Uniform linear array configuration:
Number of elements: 12
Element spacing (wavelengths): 1
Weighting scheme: binomial
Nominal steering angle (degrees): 30
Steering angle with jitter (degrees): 30.758
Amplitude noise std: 0.05
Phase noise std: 0.05

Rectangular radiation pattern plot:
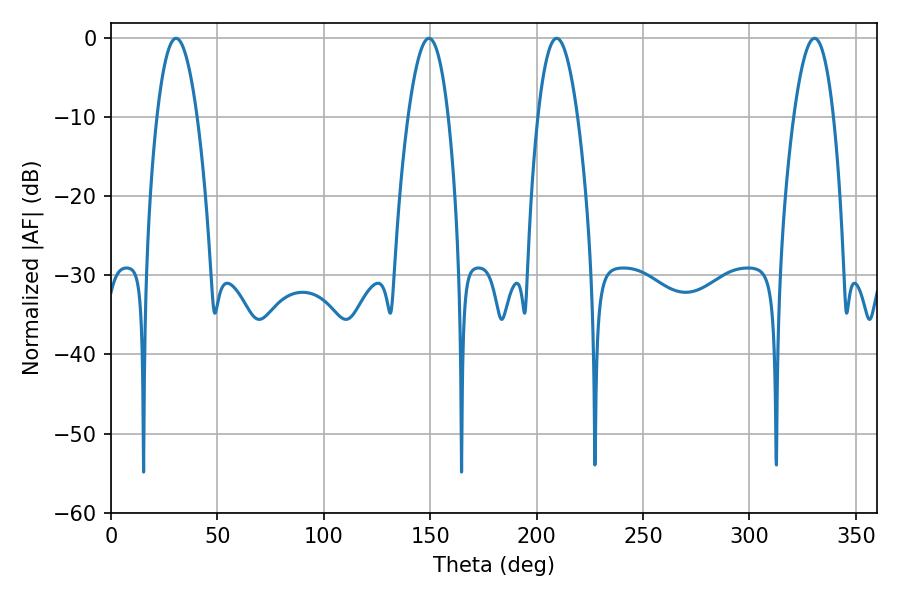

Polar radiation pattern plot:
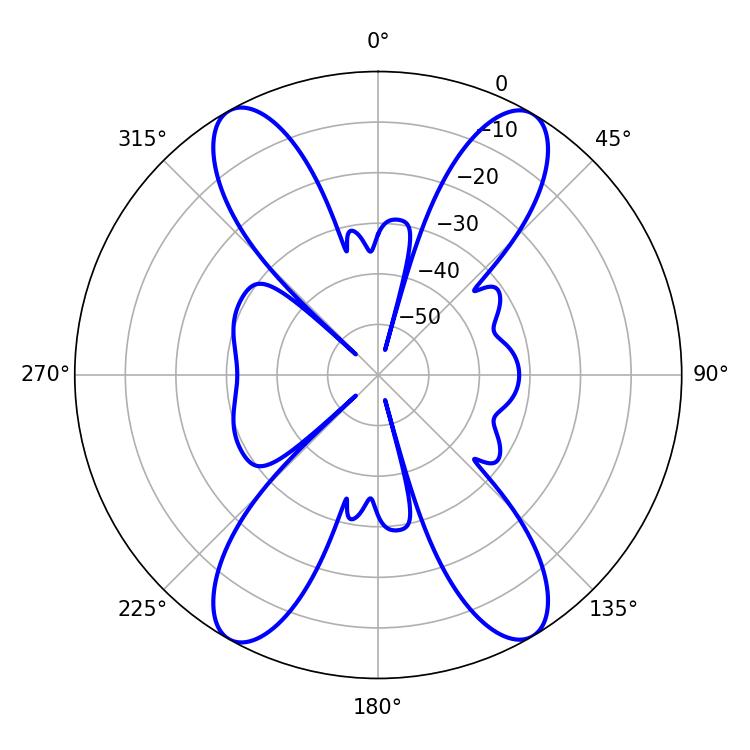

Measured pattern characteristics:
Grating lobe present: TRUE
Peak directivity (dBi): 23.804
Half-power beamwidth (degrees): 10.26
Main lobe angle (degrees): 30.6